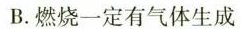
B.燃烧一定有气体生成